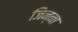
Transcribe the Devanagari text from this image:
जिन्‍ना